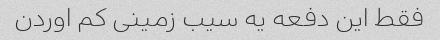
فقط این دفعه یه سیب زمینی کم اوردن